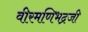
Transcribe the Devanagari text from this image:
वीरमणिभद्रजी